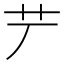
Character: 𦫺